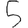
Digit: 5